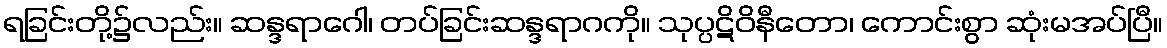
ရခြင်းတို့၌လည်း။ ဆန္ဒရာဂေါ၊ တပ်ခြင်းဆန္ဒရာဂကို။ သုပ္ပဋိဝိနီတော၊ ကောင်းစွာ ဆုံးမအပ်ပြီ။